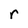
Character: r